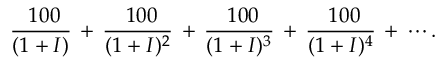
{ \frac { \ 1 0 0 } { ( 1 + I ) } } \, + \, { \frac { \ 1 0 0 } { ( 1 + I ) ^ { 2 } } } \, + \, { \frac { \ 1 0 0 } { ( 1 + I ) ^ { 3 } } } \, + \, { \frac { \ 1 0 0 } { ( 1 + I ) ^ { 4 } } } \, + \, \cdots .